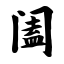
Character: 阖